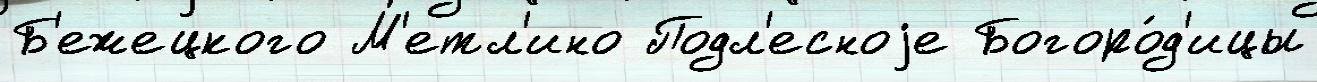
Б'ежецкого М'етл'ино Подл'есноjе Богоро́д'ицы